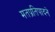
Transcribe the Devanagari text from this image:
मतप्रतिपादने